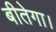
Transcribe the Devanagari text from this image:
बीतेगा।